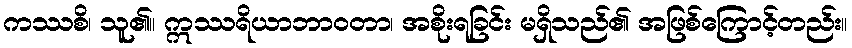
ကဿစိ၊ သူ၏။ ဣဿရိယာဘာဝတာ၊ အစိုးရခြင်း မရှိသည်၏ အဖြစ်ကြောင့်တည်း။